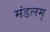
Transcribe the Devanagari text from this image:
मंडलम्‌